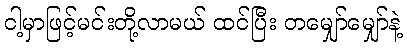
ငါ့မှာဖြင့်မင်းတို့လာမယ် ထင်ပြီး တမျှော်မျှော်နဲ့